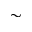
\sim